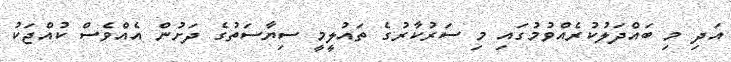
އަދި މި ބައްދަލުކުރެއްވުމުގައި މި ސަރުކާރުގެ ތައުލީމީ ސިޔާސަތުގެ ދަށުން އެއްވެސް ކުއްޖަކު